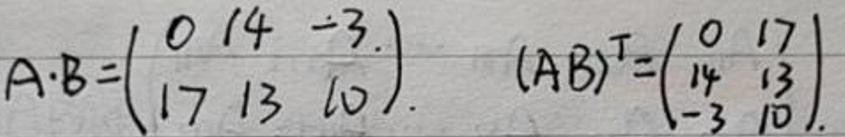
\[
A\cdot B=\begin{pmatrix}
0 & 14 & -3 \\
17 & 13 & 10
\end{pmatrix}, \quad (AB)^T=\begin{pmatrix}
0 & 17 \\
14 & 13 \\
-3 & 10
\end{pmatrix}
\]